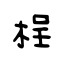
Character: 桯